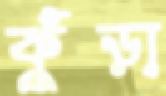
কুঁড়া